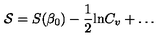
{ \cal S } = S ( \beta _ { 0 } ) - \frac { 1 } { 2 } \mathrm { l n } { C _ { v } } + \ldots